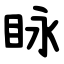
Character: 眿